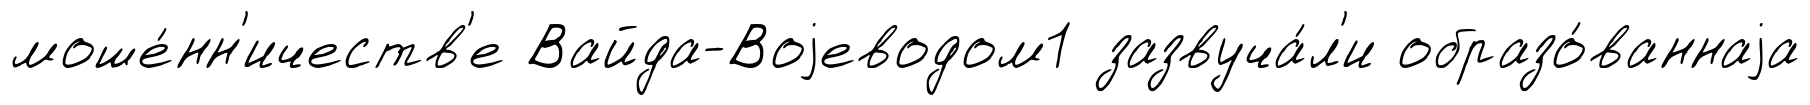
моше́нн'ичеств'е Вайда-Воjеводом1 зазвуча́л'и образо́ваннаjа